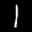
Label: 1